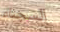
السجناء